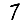
Digit: 7